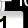
Digit: 1